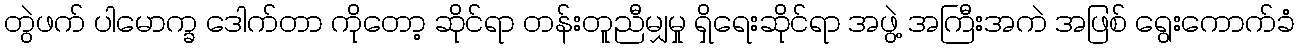
တွဲဖက် ပါမောက္ခ ဒေါက်တာ ကိုတော့ ဆိုင်ရာ တန်းတူညီမျှမှု ရှိရေးဆိုင်ရာ အဖွဲ့ အကြီးအကဲ အဖြစ် ရွေးကောက်ခံ